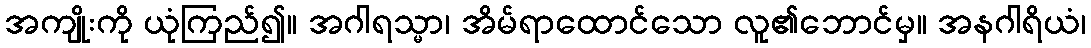
အကျိုးကို ယုံကြည်၍။ အဂါရသ္မာ၊ အိမ်ရာထောင်သော လူ၏ဘောင်မှ။ အနဂါရိယံ၊